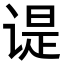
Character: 𬤊